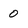
Character: O